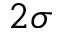
2 \sigma